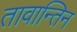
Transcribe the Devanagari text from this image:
तावान्तिन